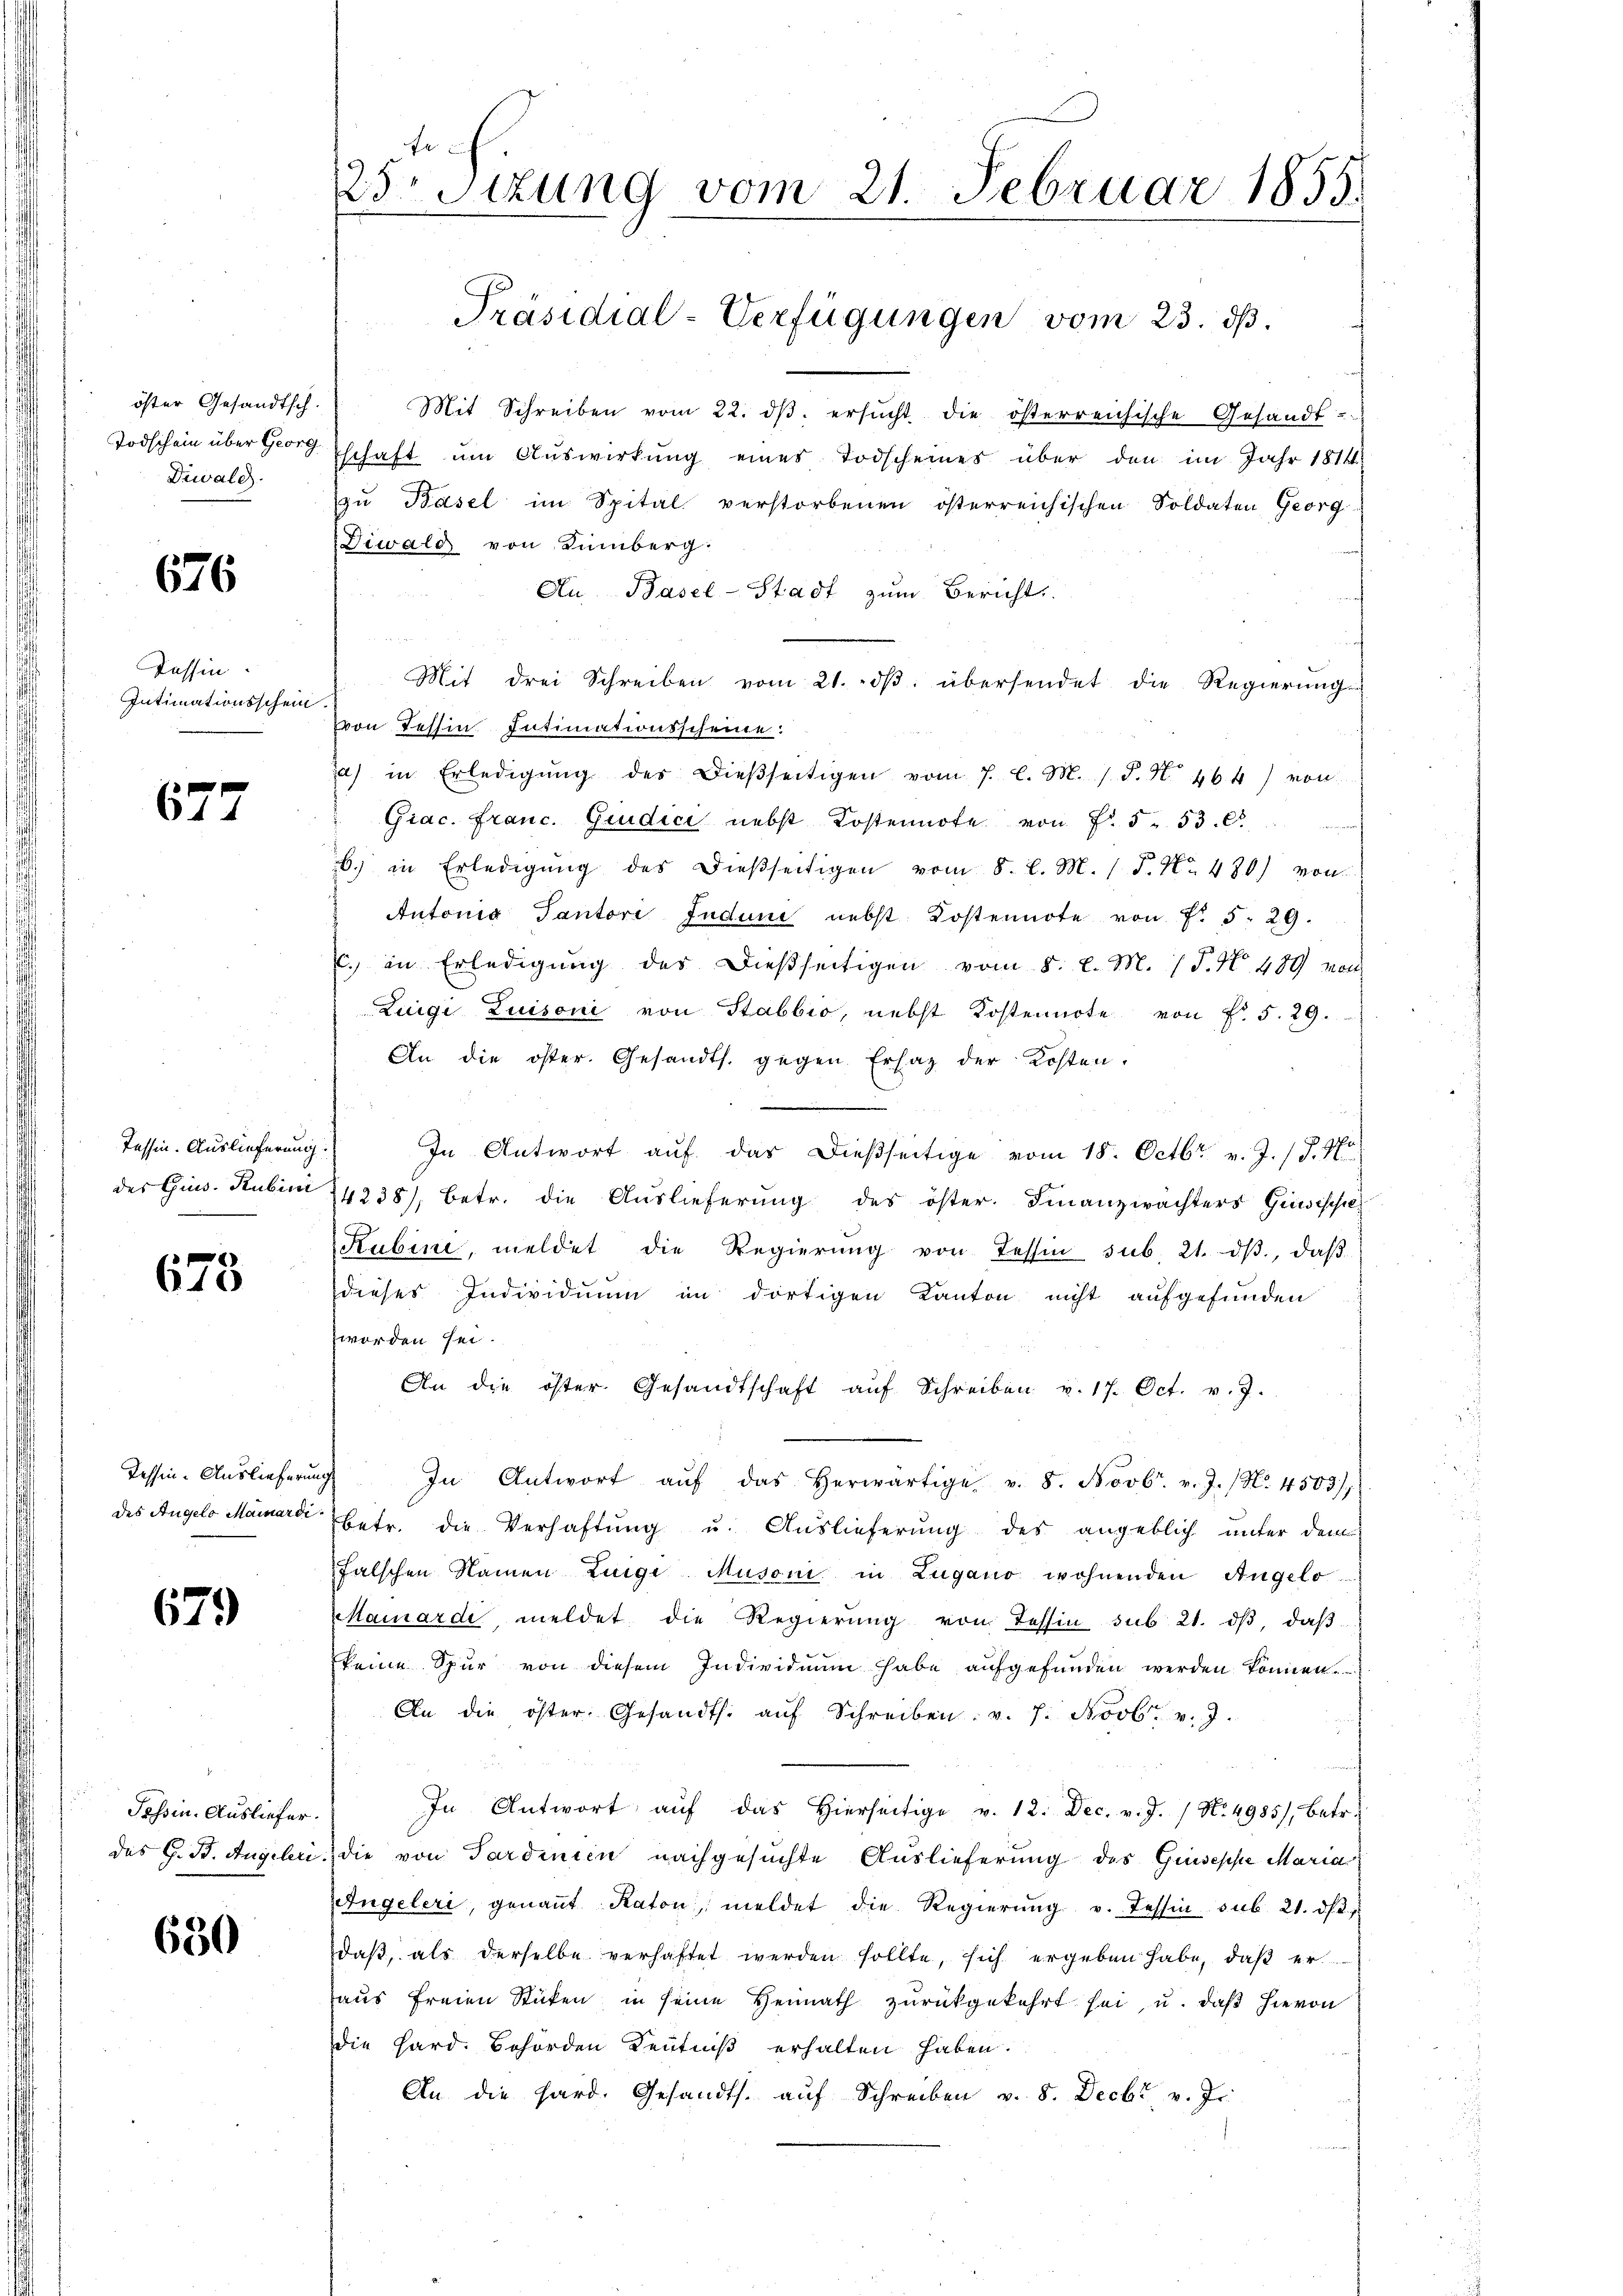
öster Gesandtsch.
Todschein über Georg
Diwald

676

Tessin.
Intimationsschein

677

Tessin. Auslieferung:
des Gins. Rubini

678

Tessin-Auslieferung
des Angelo Mainardi

679

Tessin. Ausliefer.
das G. B. Augeleri

630

te
25 Stzung vom 21. Februar 1855.

Mit Schreiben vom 22. dβ. ersŭcht die österreichische Gesandt-
schaft um Auswirkung eines Todscheines über den im Jahr 1814
zŭ Basel im Spital verstorbenen österreichischen Soldaten Georg
Diwald von Limberg:
Au Basel-Stadt zum Bericht
Mit drei Schreiben vom 21. dβ übersendet die Regierung
von Tessin Intimationsscheine:
a) in Erledigŭng des dieβseitigen vom 7. l. M. 1 S. N. 464 von
Giac. franc. Giudici nebst Kostennote von Fr. 553. C.
6. in Erledigŭng des dießseitigen vom 8. d. M. / P. Nr. 480) von
Autonis Tantore Judune nebst Kostennote von Fr. 5. 29.
E. in Erledigŭng des dießseitigen vom 8. d. M. P. Nr. 489 von
Zuigi Luisoni von Stabbio, nebst Kostennote von Fr. 5. 29.
An die öster. Gesandts. gegen Erlag der Kosten.

In Antwort auf das dießseitige vom 18. Octbr. v. J. 17. No
4238), betr. die Auslieferung des öster. Finanzwachters Grisisse
Rubine, meldet die Regierŭng von Tessin sub. 21. dβ, daβ
dieses Individuum im dortigen Kanton nicht aufgefunden
worden sei.
An die öster Gesandtschaft aŭf Schreiben v. 17. Oct. v. J.
In Antwort aŭf das herwärtige v. 8. Novbr. v. J. (N. 4503/7
betr. die Verhaftung u. Auslieferung des angeblich unter dem
falschen Namen Liege Musoni in Lugano wohnenden Angelo
Mamarde meldet die Regierŭng von Tessin sub 21. dβ daβ
keine Spur von diesem Individium habe aufgefunden werden können.
An die öster. Gesandts. aŭf Schreiben v. 7. Novbr. v. J.
In Antwort aŭf das hierseitige v. 12. Dec. v. J. / No. 4985), betr.
die von Sardinien nachgesuchte Auslieferung des Guseppe Maria
Angeleri, genannt Katon, meldet die Regierŭng v. Tessin sub. 21. ds.,
daß, als derselbe verhaftet werden sollte, sich ergeben habe, daß er
aus freien Stücken in seine Heimath zŭrückgekehrt sei, u. daβ hievon
die Hard. Behörden Kenntniß erhalten haben.
An die Hard. Gesandts. aŭf Schreiben v. 8. Decbr v. Js.

Präsidial-Verfügungen vom 23. ds.